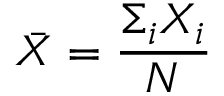
\bar { X } = \frac { \Sigma _ { i } X _ { i } } { N }